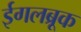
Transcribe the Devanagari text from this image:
ईगलब्रूक